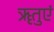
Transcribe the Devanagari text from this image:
ॠतुएं